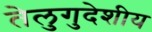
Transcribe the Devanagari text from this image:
तेलुगुदेशीय